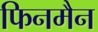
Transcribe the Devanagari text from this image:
फिनमैन